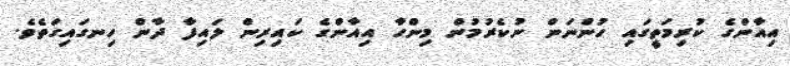
އިއާންގެ ކުރިމަތީގައި ހުންނަން ނުކެރުމުން މިންހާ އިއާންގެ ކައިރިން ލައިފާ ދާން ހިނގައިގަތެވެ.